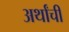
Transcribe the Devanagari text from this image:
अर्थांची